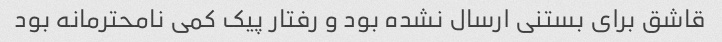
قاشق برای بستنی ارسال نشده بود و رفتار پیک کمی نامحترمانه بود